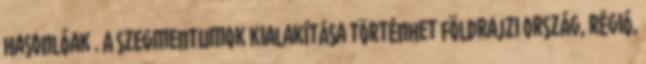
hasonlóak . A szegmentumok kialakítása történhet földrajzi ország, régió,